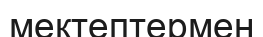
мектептермен